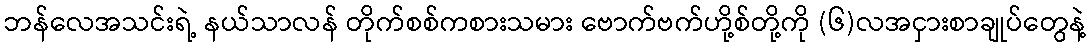
ဘန်လေအသင်းရဲ့ နယ်သာလန် တိုက်စစ်ကစားသမား ဗောက်ဗက်ဟို့စ်တို့ကို (၆)လအငှားစာချုပ်တွေနဲ့